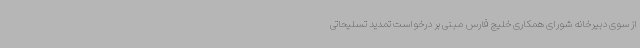
از سوی دبیرخانه شورای همکاری خلیج فارس مبنی بر درخواست تمدید تسلیحاتی